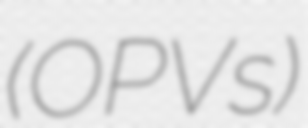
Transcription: (OPVs)